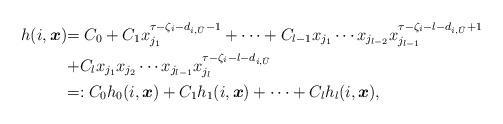
LaTeX: \begin{align*}h(i,\boldsymbol{x}) & {= C_{0}+C_1x_{j_1}^{\tau-\zeta_i-d_{i,\bar{U}}-1}+\cdots +C_{l-1}x_{j_1}\cdots x_{j_{l-2}}x_{j_{l-1}}^{\tau-\zeta_i-l-d_{i,\bar{U}}+1}} \\& {+C_{l} x_{j_1}x_{j_2}\cdots x_{j_{l-1}}x_{j_l}^{\tau-\zeta_i-l-d_{i,\bar{U}}}}\\& {= : C_0h_0(i,\boldsymbol{x}) +C_1 h_1(i,\boldsymbol{x}) +\dots+C_{l}h_{l}(i,\boldsymbol{x})},\end{align*}